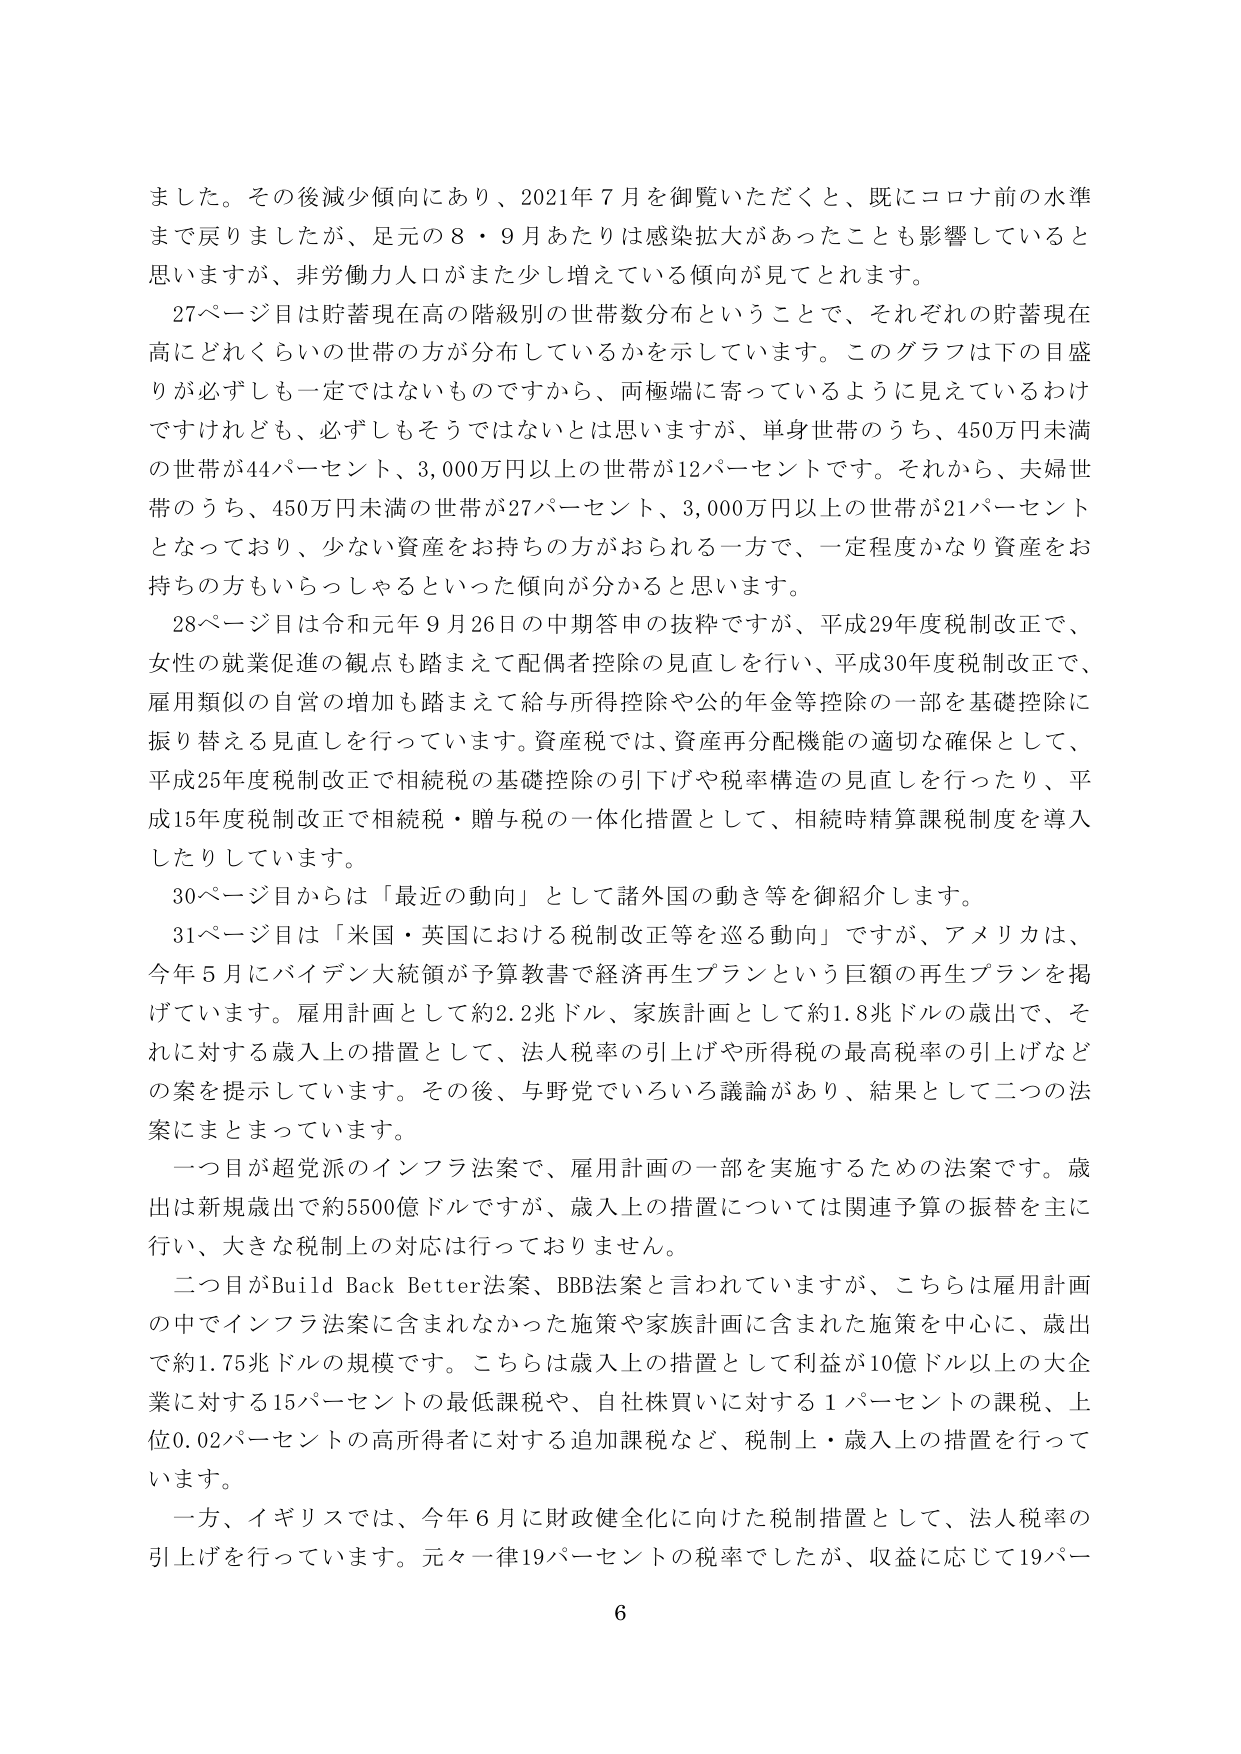
ました。その後減少傾向にあり、2021年7月を御覧いただくと、既にコロナ前の水準まで戻りましたが、足元の8・9月あたりは感染拡大があったことも影響していると思いますが、非労働力人口がまた少し増えている傾向が見てとれます。

27ページ目は貯蓄現在高の階級別の世帯数分布ということで、それぞれの貯蓄現在高にどれくらいの世帯の方が分布しているかを示しています。このグラフは下の目盛りが必ずしも一定ではないものですから、両極端に寄っているように見えているわけですが、必ずしもそうではないとは思いますが、単身世帯のうち、450万円未満の世帯が44パーセント、3,000万円以上の世帯が12パーセントです。それから、夫婦世帯のうち、450万円未満の世帯が27パーセント、3,000万円以上の世帯が21パーセントとなっており、少ない資産をお持ちの方がおられる一方で、一定程度かなり資産をお持ちの方もいらっしゃるといった傾向が分かると思います。

28ページ目は令和元年9月26日の中期答申の抜粋ですが、平成29年度税制改正で、女性の就業促進の観点も踏まえて配偶者控除の見直しを行い、平成30年度税制改正で、雇用類似の自営の増加も踏まえて給与所得控除や公的年金等控除の一部を基礎控除に振り替える見直しを行っています。資産税では、資産再分配機能の適切な確保として、平成25年度税制改正で相続税の基礎控除の引下げや税率構造の見直しを行ったり、平成15年度税制改正で相続税・贈与税の一体化措置として、相続時精算課税制度を導入したりしています。

30ページ目からは「最近の動向」として諸外国の動き等を御紹介します。

31ページ目は「米国・英国における税制改正等を巡る動向」ですが、アメリカは、今年5月にバイデン大統領が予算教書で経済再生プランという巨額の再生プランを掲げています。雇用計画として約2.2兆ドル、家族計画として約1.8兆ドルの歳出で、それに対する歳入上の措置として、法人税率の引上げや所得税の最高税率の引上げなどの案を提示しています。その後、与野党でいろいろ議論があり、結果として二つの法案にまとまっています。

一つ目が超党派のインフラ法案で、雇用計画の一部を実施するための法案です。歳出は新規歳出で約5500億ドルですが、歳入上の措置については関連予算の振替を主に行い、大きな税制上の対応は行っておりません。

二つ目がBuild Back Better法案、BBB法案と言われていますが、こちらは雇用計画の中でインフラ法案に含まれなかった施策や家族計画に含まれた施策を中心に、歳出で約1.75兆ドルの規模です。こちらは歳入上の措置として利益が10億ドル以上の大企業に対する15パーセントの最低課税や、自社株買いに対する1パーセントの課税、上位0.02パーセントの高所得者に対する追加課税など、税制上・歳入上の措置を行っています。

一方、イギリスでは、今年6月に財政健全化に向けた税制措置として、法人税率の引上げを行っています。元々一律19パーセントの税率でしたが、収益に応じて19パー

6